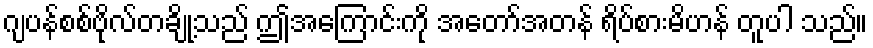
ဂျပန်စစ်ဗိုလ်တချို့သည် ဤအကြောင်းကို အတော်အတန် ရိပ်စားမိဟန် တူပါ သည်။